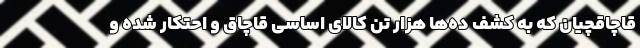
قاچاقچیان که به کشف ده‌ها هزار تن کالای اساسی قاچاق و احتکار شده و